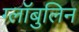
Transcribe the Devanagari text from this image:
ग्लॉबुलिन